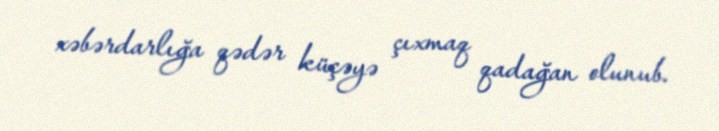
xəbərdarlığa qədər küçəyə çıxmaq qadağan olunub.